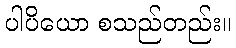
ပါပိယော စသည်တည်း။